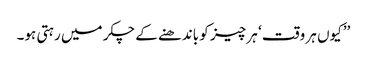
’’کیوں ہر وقت ‘ ہر چیز کو باندھنے کے چکر میں رہتی ہو۔